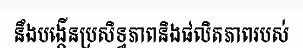
នឹងបង្កើនប្រសិទ្ធភាពនិងផលិតភាពរបស់